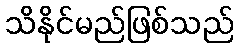
သိနိုင်မည်ဖြစ်သည်